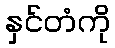
နှင်တံကို